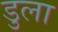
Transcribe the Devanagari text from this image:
डुला